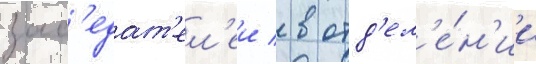
зас'едат'ел'еи / в отд'ел'е́н'ии